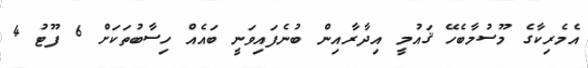
އެމެރިކާގެ މޫސުމާބެހޭ ޤައުމީ އިދާރާއިން ބުނެފައިވަނީ ބައެއް ހިސާބުތަކަށް 6 ފޫޓު 4